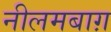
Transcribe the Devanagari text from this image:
नीलमबाग़